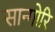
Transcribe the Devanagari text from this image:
सान्गोरि